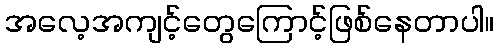
အလေ့အကျင့်တွေကြောင့်ဖြစ်နေတာပါ။